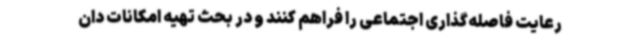
رعایت فاصله‌گذاری اجتماعی را فراهم کنند و در بحث تهیه امکانات دان